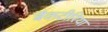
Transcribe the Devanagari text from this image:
बैकटीरिया